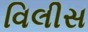
વિલીસ